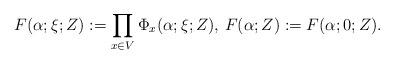
LaTeX: \begin{align*} F(\alpha;\xi;Z):=\prod_{x\in V}\Phi_x(\alpha;\xi;Z),\, F(\alpha;Z):=F(\alpha;0;Z).\end{align*}